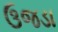
ઉજડા